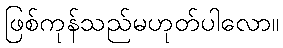
ဖြစ်ကုန်သည်မဟုတ်ပါလော။